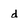
Character: d